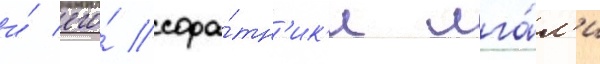
и́ его́ сора́тн'ик'и лга́л'и